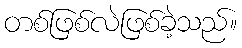
တစ်ဖြစ်လဲဖြစ်ခဲ့သည်။